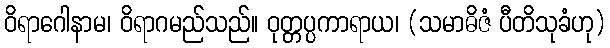
ဝိရာဂေါနာမ၊ ဝိရာဂမည်သည်။ ဝုတ္တပ္ပကာရာယ၊ (သမာဓိဇံ ပီတိသုခံဟု)